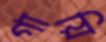
গায়ি